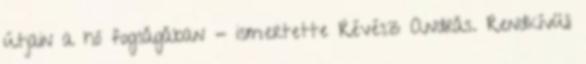
útjain a hó fogságában - ismertette Révész András. Rendkívüli